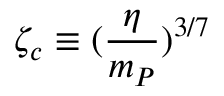
\zeta _ { c } \equiv ( \frac { \eta } { m _ { P } } ) ^ { 3 / 7 }